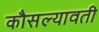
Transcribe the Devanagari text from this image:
कौसल्यावती